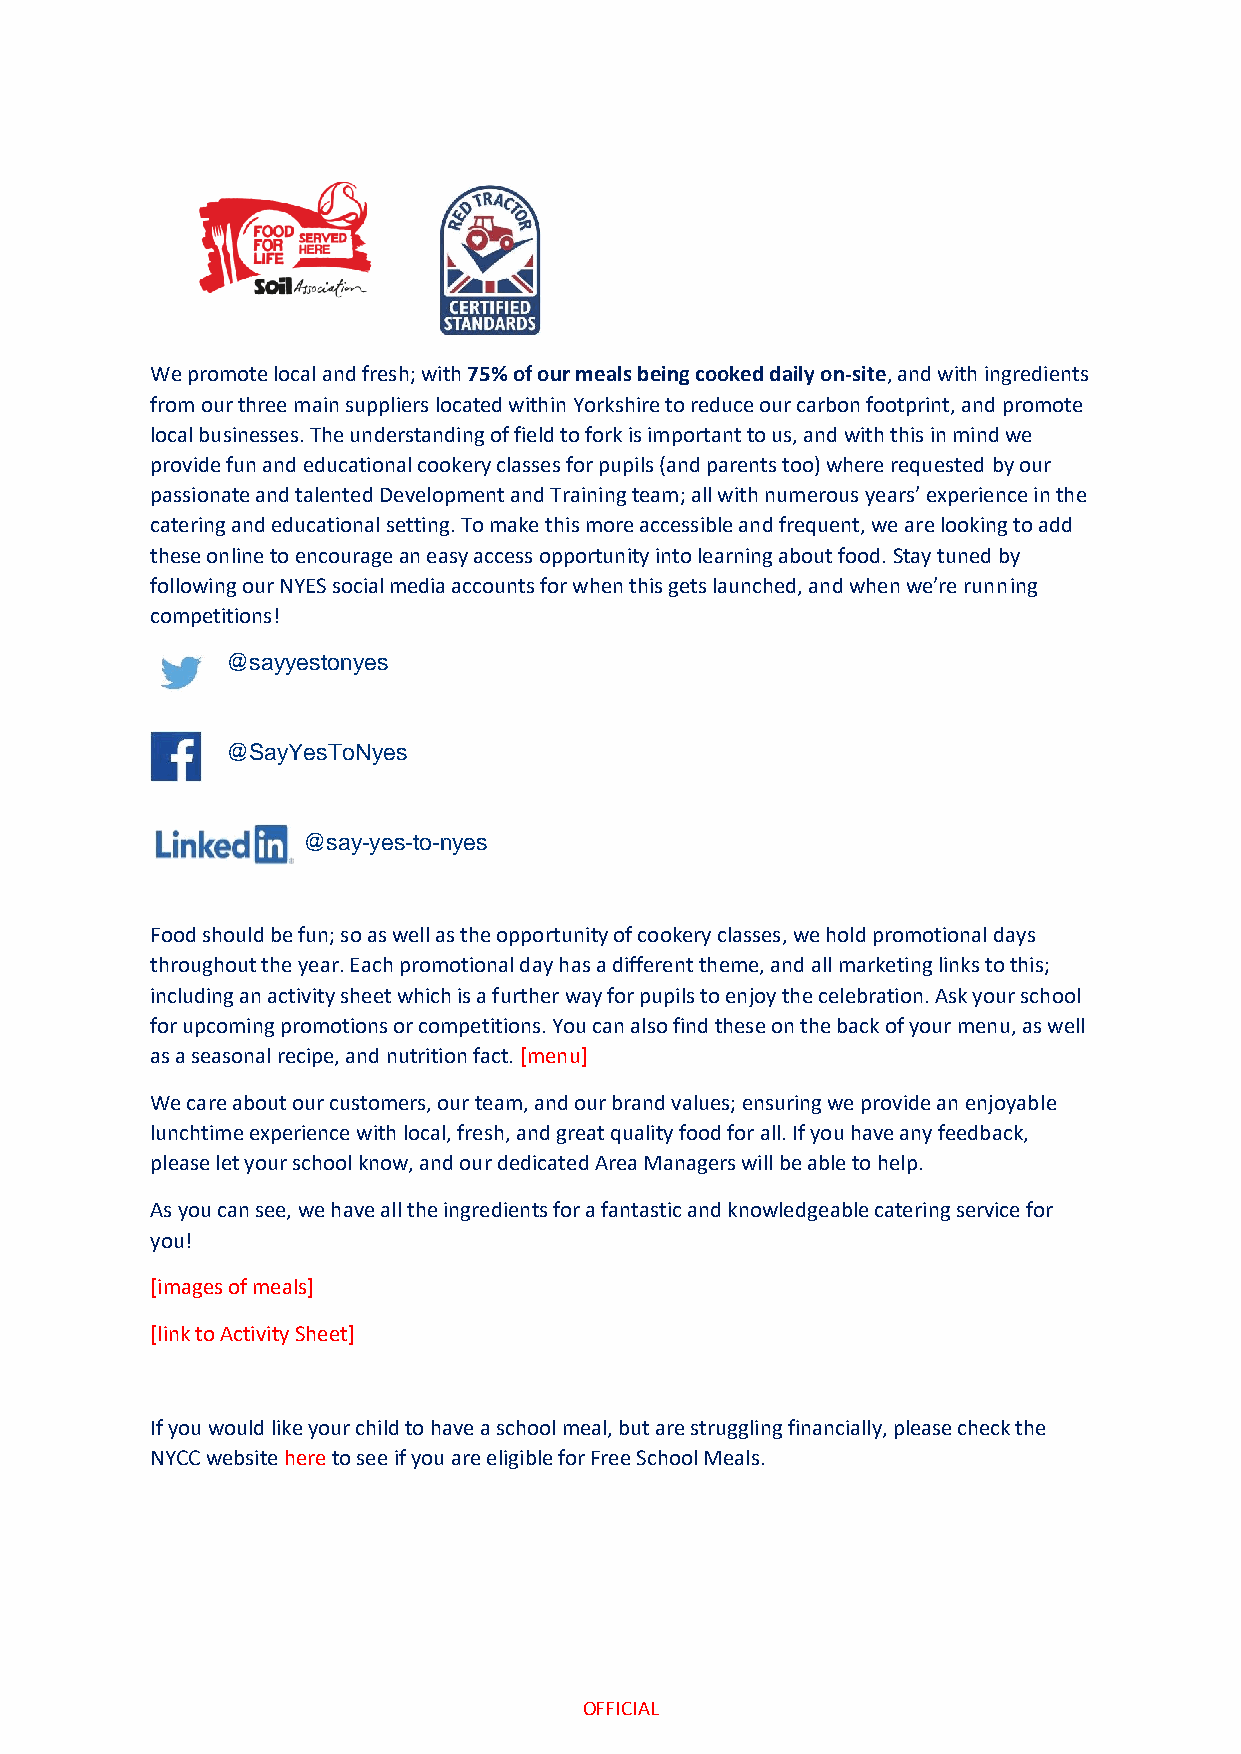
We promote local and fresh; with 75% of our meals being cooked daily on-site, and with ingredients
 from our three main suppliers located within Yorkshire to reduce our carbon footprint, and promote
 local businesses. The understanding of field to fork is important to us, and with this in mind we
 provide fun and educational cookery classes for pupils (and parents too) where requested by our
 passionate and talented Development and Training team; all with numerous years’ experience in the
 catering and educational setting. To make this more accessible and frequent, we are looking to add
 these online to encourage an easy access opportunity into learning about food. Stay tuned by
 following our NYES social media accounts for when this gets launched, and when we’re running
 competitions!
 @sayyestonyes
 @SayYesToNyes
 @say-yes-to-nyes
 Food should be fun; so as well as the opportunity of cookery classes, we hold promotional days
 throughout the year. Each promotional day has a different theme, and all marketing links to this;
 including an activity sheet which is a further way for pupils to enjoy the celebration. Ask your school
 for upcoming promotions or competitions. You can also find these on the back of your menu, as well
 as a seasonal recipe, and nutrition fact. [menu]
 We care about our customers, our team, and our brand values; ensuring we provide an enjoyable
 lunchtime experience with local, fresh, and great quality food for all. If you have any feedback,
 please let your school know, and our dedicated Area Managers will be able to help.
 As you can see, we have all the ingredients for a fantastic and knowledgeable catering service for
 you!
 [images of meals]
 [link to Activity Sheet]
 If you would like your child to have a school meal, but are struggling financially, please check the
 NYCC website here to see if you are eligible for Free School Meals.
 OFFICIAL